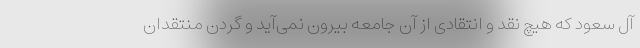
آل سعود که هیچ نقد و انتقادی از آن جامعه بیرون نمی‌آید و گردن منتقدان